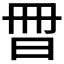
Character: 𣌧